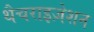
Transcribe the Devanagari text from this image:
थैचराइज़ेशन